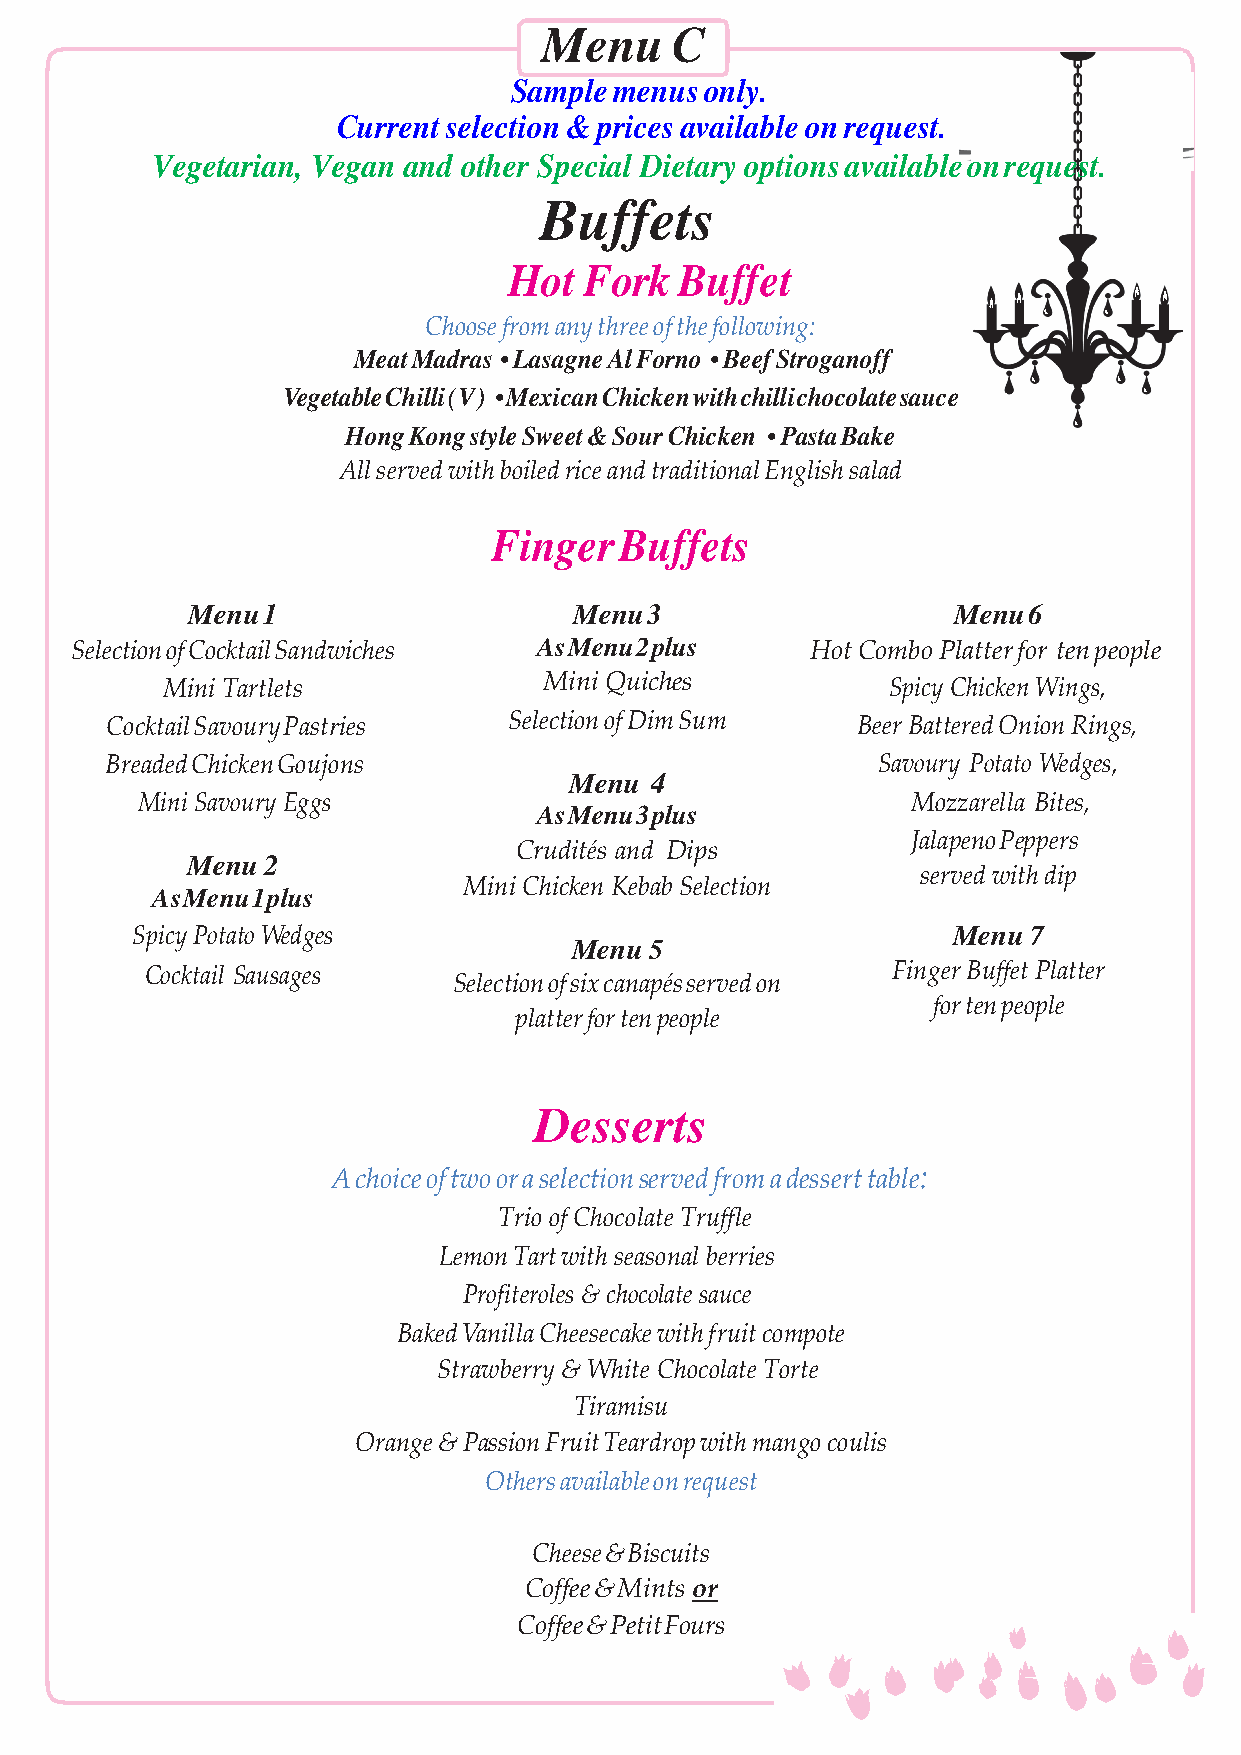
Menu    C
 Sample menus only.
 Current selection & prices available on request.
 Vegetarian, Vegan and other Special Dietary options available on request.
 Buffets
 Hot  Fork  Buffet
 Choose from any three of the following:
 Meat Madras • Lasagne Al Forno • Beef Stroganoff
 Vegetable Chilli (V) • Mexican Chicken with chilli chocolate sauce
 Hong Kong style Sweet & Sour Chicken • Pasta Bake
 All served with boiled rice and traditional English salad
 Finger  Buffets
 Menu 1                    Menu 3                   Menu 6
 Selection of Cocktail Sandwiches As Menu 2 plus  Hot Combo Platter for ten people
 Mini Tartlets            Mini Quiches           Spicy Chicken Wings,
 Cocktail Savoury Pastries  Selection of Dim Sum   Beer Battered Onion Rings,
 Breaded Chicken Goujons                            Savoury Potato Wedges,
 Menu 4
 Mini Savoury Eggs                                  Mozzarella Bites,
 As Menu 3 plus
 Jalapeno Peppers
 Crudités and Dips
 Menu 2
 served with dip
 Mini Chicken Kebab Selection
 As Menu 1 plus
 Spicy Potato Wedges                                   Menu 7
 Menu 5
 Cocktail Sausages                                Finger Buffet Platter
 Selection of six canapés served on
 for ten people
 platter for ten people
 Desserts
 A choice of two or a selection served from a dessert table:
 Trio of Chocolate Truffle
 Lemon Tart with seasonal berries
 Profiteroles & chocolate sauce
 Baked Vanilla Cheesecake with fruit compote
 Strawberry & White Chocolate Torte
 Tiramisu
 Orange & Passion Fruit Teardrop with mango coulis
 Others available on request
 Cheese & Biscuits
 Coffee & Mints or
 Coffee & Petit Fours